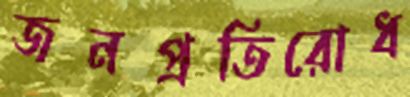
জনপ্রতিরোধ